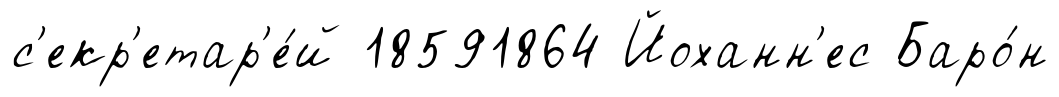
с'екр'етар'е́й 18591864 Йоханн'ес Баро́н